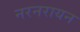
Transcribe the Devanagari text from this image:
नरनरायन